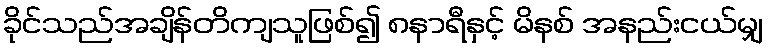
ခိုင်သည်အချိန်တိကျသူဖြစ်၍ ၈နာရီနှင့် မိနစ် အနည်းငယ်မျှ